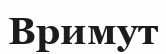
Вримут